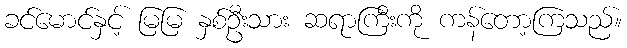
ခင်မောင်နှင့် မြမြ နှစ်ဦးသား ဆရာကြီးကို ကန်တော့ကြသည်။